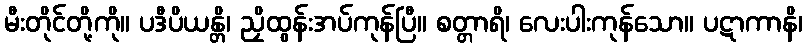
မီးတိုင်တို့ကို။ ပဒီပိယန္တိ၊ ညှိထွန်းအပ်ကုန်ပြီ။ စတ္တာရိ၊ လေးပါးကုန်သော။ ပဋာကာနိ၊